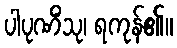
ပါပုဏိံသု၊ ရကုန်၏။